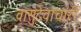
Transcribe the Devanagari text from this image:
वासुदेवाचारी